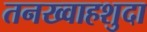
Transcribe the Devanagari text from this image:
तनख्वाहशुदा